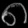
Digit: ၈